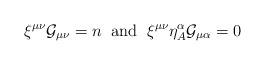
\begin{align*}\xi^{\mu\nu}{\cal G}_{\mu\nu}= n\;\; \mbox{and}\;\; \xi^{\mu\nu}\eta^{\alpha}_{A}{\cal G}_{\mu\alpha} =0\end{align*}